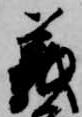
義